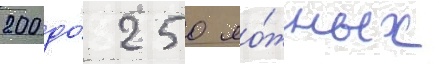
200 до́ 250 ло́жных